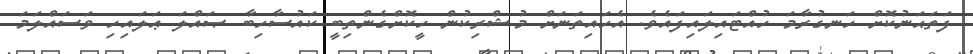
ފަތަޙަނުކޮށް ހަނގުރާމަ ހުއްޓައިލައިފައެވެ. އެހައިތަނަށް މުޝްރިކުން ހީކޮށްގެންތިބީ ކައުސާހިބާ ޞައްލަ ޢަލައިހި ވަސައްލަމަ